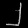
Digit: ၂